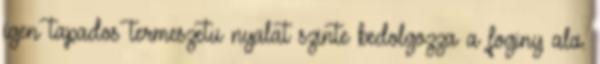
igen tapados termeszetu nyalat szinte bedolgozza a foginy ala.